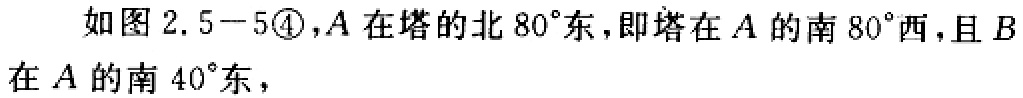
如图2.5−5\textcircled{4}，\(A\)在塔的北\(80^{\circ}\)东，即塔在\(A\)的南\(80^{\circ}\)西，且\(B\)在\(A\)的南\(40^{\circ}\)东，